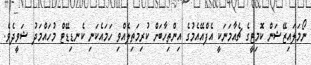
ނޯމަލައިޒޭޝަން ކޮމިޓީގެ ޗެއާމަނަކީ އެފްއޭއެމުގެ އިންތިހާބަށް ކުރިމަތިލެއްވި ހަމައެކަނި ކެނޑިޑޭޓް މުހައްމަދު ޝަވީދެވެ.